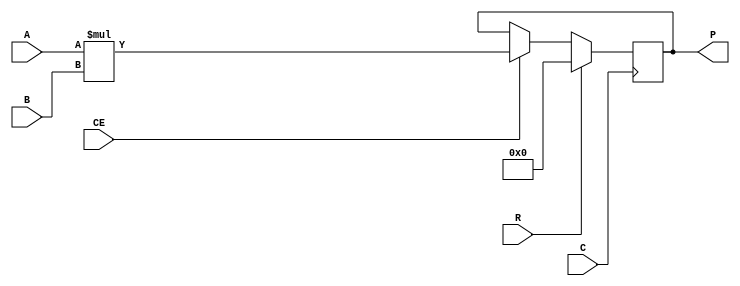
//
// Copyright 2011 Ettus Research LLC
//
// This program is free software: you can redistribute it and/or modify
// it under the terms of the GNU General Public License as published by
// the Free Software Foundation, either version 3 of the License, or
// (at your option) any later version.
//
// This program is distributed in the hope that it will be useful,
// but WITHOUT ANY WARRANTY; without even the implied warranty of
// MERCHANTABILITY or FITNESS FOR A PARTICULAR PURPOSE.  See the
// GNU General Public License for more details.
//
// You should have received a copy of the GNU General Public License
// along with this program.  If not, see <http://www.gnu.org/licenses/>.
//


// Model of the Xilinx mult18x18s for signed 18x18 bit multiplies,
// As in the Spartan 3 series

module MULT18X18S
  (output reg signed [35:0] P,
   input signed [17:0] A,
   input signed [17:0] B,
   input C,    // Clock
   input CE,   // Clock Enable
   input R     // Synchronous Reset
   );
   
   always @(posedge C)
     if(R)
       P <= 36'sd0;
     else if(CE)
       P <= A * B;

endmodule // MULT18X18S